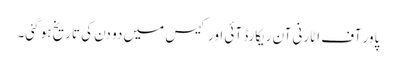
پاور آف اٹارنی آن ریکارڈ آئی اورکیس میں دو دن کی تاریخ ہو گئی۔